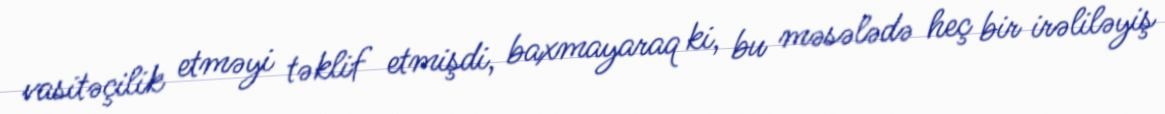
vasitəçilik etməyi təklif etmişdi, baxmayaraq ki, bu məsələdə heç bir irəliləyiş